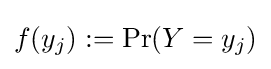
f(y_{j}):=\Pr(Y=y_{j})